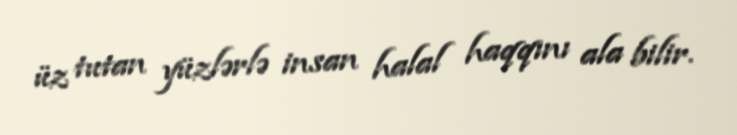
üz tutan yüzlərlə insan halal haqqını ala bilir.